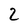
Character: 2